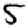
Digit: 5